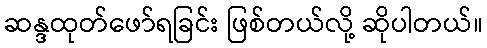
ဆန္ဒထုတ်ဖော်ရခြင်း ဖြစ်တယ်လို့ ဆိုပါတယ်။